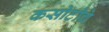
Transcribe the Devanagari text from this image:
कसोटीचे